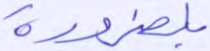
بلضرورة